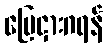
မြေငှားဂရန်